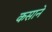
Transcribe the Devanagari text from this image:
कसाने